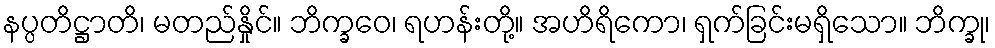
နပ္ပတိဋ္ဌာတိ၊ မတည်နှိုင်။ ဘိက္ခဝေ၊ ရဟန်းတို့။ အဟိရိကော၊ ရှက်ခြင်းမရှိသော။ ဘိက္ခု၊